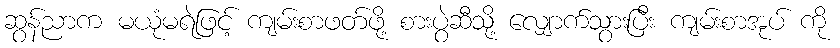
ဆွန်ညာက မယုံမရဲဖြင့် ကျမ်းစာဖတ်ဖို့ စားပွဲဆီသို့ လျှောက်သွားပြီး ကျမ်းစာအုပ် ကို